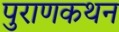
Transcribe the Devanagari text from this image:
पुराणकथन